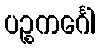
ပဉ္စကင်္ဂေါ